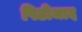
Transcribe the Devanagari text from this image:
पिढीजाद